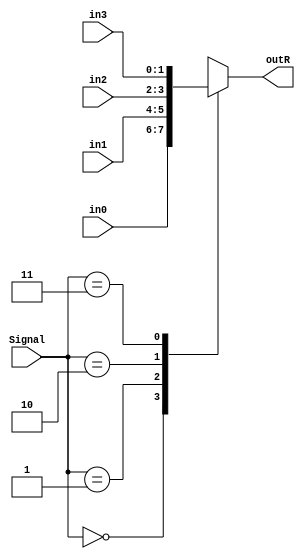
`timescale 1ns / 1ps
//////////////////////////////////////////////////////////////////////////////////
// Company: 
// Engineer: 
// 
// Design Name: 
// Module Name: Mux_2to1
// Project Name: 
// Target Devices: 
// Tool Versions: 
// Description: 
// 
// Dependencies: 
// 
// Revision:
// Revision 0.01 - File Created
// Additional Comments:
// 
//////////////////////////////////////////////////////////////////////////////////


module Mux_2to1(in0,in1,in2,in3,Signal,outR);
    input [1:0] in0,in1,in2,in3;
input [1:0] Signal;
output reg [1:0] outR;

always @(Signal) begin
    case(Signal)
        2'b00 : outR=in0;
        2'b01 : outR=in1;
        2'b10 : outR=in2;
        2'b11 : outR=in3; 
    endcase        

end

endmodule